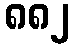
၈၈၂